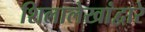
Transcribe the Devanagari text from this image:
शिलालेखांद्वारे